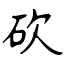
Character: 砍